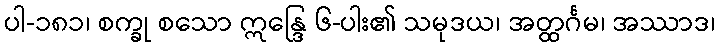
ပါ-၁၈၁၊ စက္ခု စသော ဣန္ဒြေ ၆-ပါး၏ သမုဒယ၊ အတ္ထင်္ဂမ၊ အဿာဒ၊